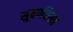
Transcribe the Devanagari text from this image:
सुबर्णरेखा